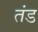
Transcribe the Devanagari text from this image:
तंड